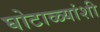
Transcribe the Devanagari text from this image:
घोटाळ्यांशी